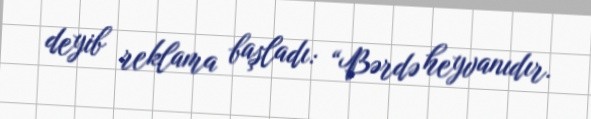
deyib reklama başladı: “Bərdə heyvanıdır.